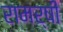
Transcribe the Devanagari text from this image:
रामर्षी